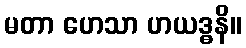
မတာ ဟေသာ ဟယဒ္ဓနိ။